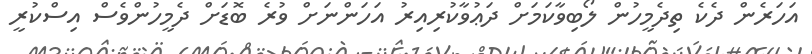
އަހަރެން ދެކެ ތިދެމީހުން ލޯބިވާކަމަށް ދަޢުވާކުރިއިރު އަހަންނަށް ވުރެ ބޮޑަށް ދެމީހުންވެސް އިސްކުރީ